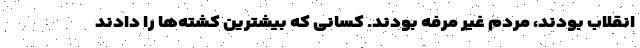
انقلاب بودند، مردم غیر مرفه بودند. کسانی که بیشترین کشته‌ها را دادند